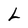
Character: L